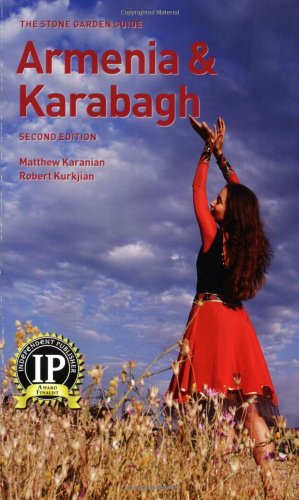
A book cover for Armenia & Karabagh (The Stone Garden Guide); Matthew Karanian; Travel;